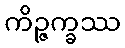
ကိဉ္ဇက္ခဿ